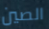
الصين